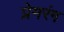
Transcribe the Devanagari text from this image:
प्रेमरंग